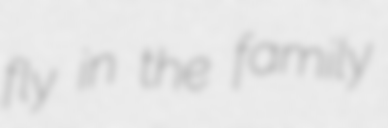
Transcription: fly in the family